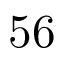
5 6